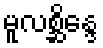
မူလစ္ဆိန္ဒေ